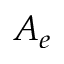
A _ { e }